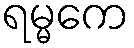
ရမ္မကေ